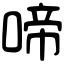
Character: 啼